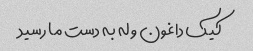
کیک داغون و له به دست ما رسید